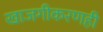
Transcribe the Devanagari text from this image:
खाजगीकरणही